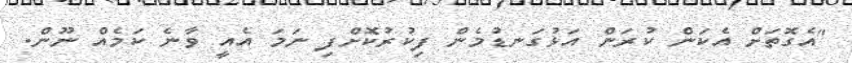
"އެގޮތަށް އެކަން ކުރަން އަޅުގަނޑުމެން ފިކުރުކޮށްފި ނަމަ އެއީ ވާނެ ކަމެއް ނޫން.